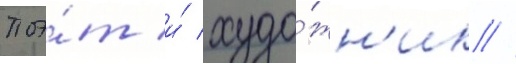
поэ́т и́ худо́жн'ик //